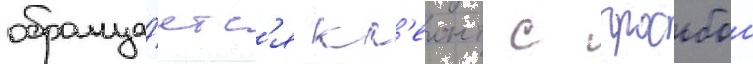
обраща́етс'я кл'еонт с просьбои